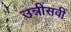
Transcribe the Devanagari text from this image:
उन्नींसवीं